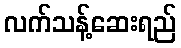
လက်သန့်ဆေးရည်